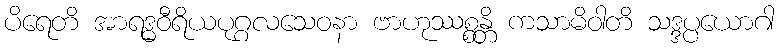
ပိရေတိ အာရဒ္ဓဝီရိယပုဂ္ဂလသေဝနာ ဗာဟုဿစ္စန္တိ ကသာမိဝါတိ သဒ္ဒပ္ပယောဂါ